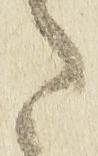
た